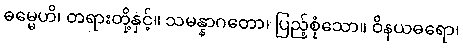
ဓမ္မေဟိ၊ တရားတို့နှင့်။ သမန္နာဂတော၊ ပြည့်စုံသော။ ဝိနယဓရော၊